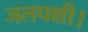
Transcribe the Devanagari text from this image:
जलपक्षी।